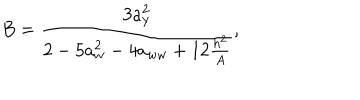
B = \frac { 3 a _ { y } ^ { 2 } } { 2 - 5 a _ { w } ^ { 2 } - 4 a _ { w w } + 1 2 \frac { h ^ { 2 } } { A } } ,